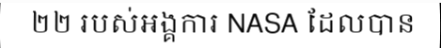
២២ របស់អង្គការ NASA ដែលបាន